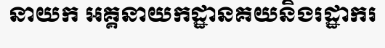
នាយក អគ្គនាយកដ្ឋានគយនិងរដ្ឋាករ